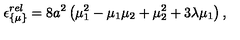
\epsilon _ { \{ \mu \} } ^ { r e l } = 8 a ^ { 2 } \left( \mu _ { 1 } ^ { 2 } - \mu _ { 1 } \mu _ { 2 } + \mu _ { 2 } ^ { 2 } + 3 \lambda \mu _ { 1 } \right) ,